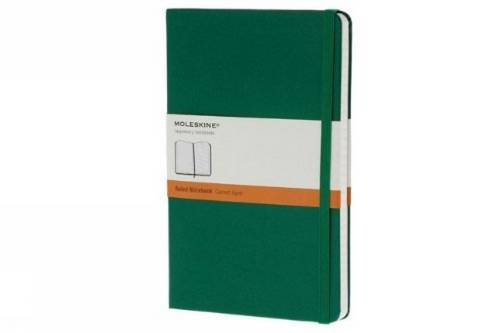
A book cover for Moleskine Classic Notebook, Pocket, Ruled, Oxide Green, Hard Cover (3.5 x 5.5) (Classic Notebooks); Moleskine; Travel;